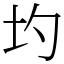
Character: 圴